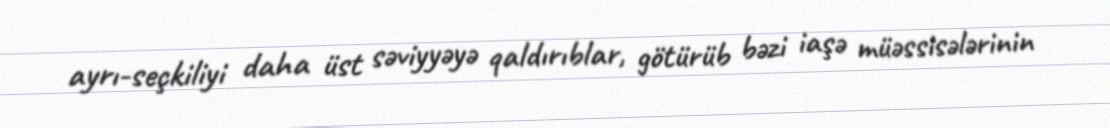
ayrı-seçkiliyi daha üst səviyyəyə qaldırıblar, götürüb bəzi iaşə müəssisələrinin